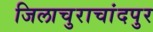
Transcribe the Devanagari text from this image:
जिलाचुराचांदपुर